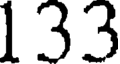
133